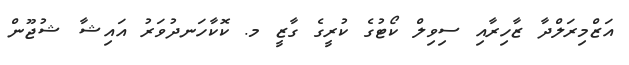
އަޒްމިރަލްދާ ޒާހިރާއި ސިވިލް ކޯޓުގެ ކުރީގެ ގާޒީ މ. ކޮކާހަނދުވަރު އައިޝާ ޝުޖޫން